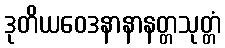
ဒုတိယဝေဒနာနာနတ္တသုတ္တံ